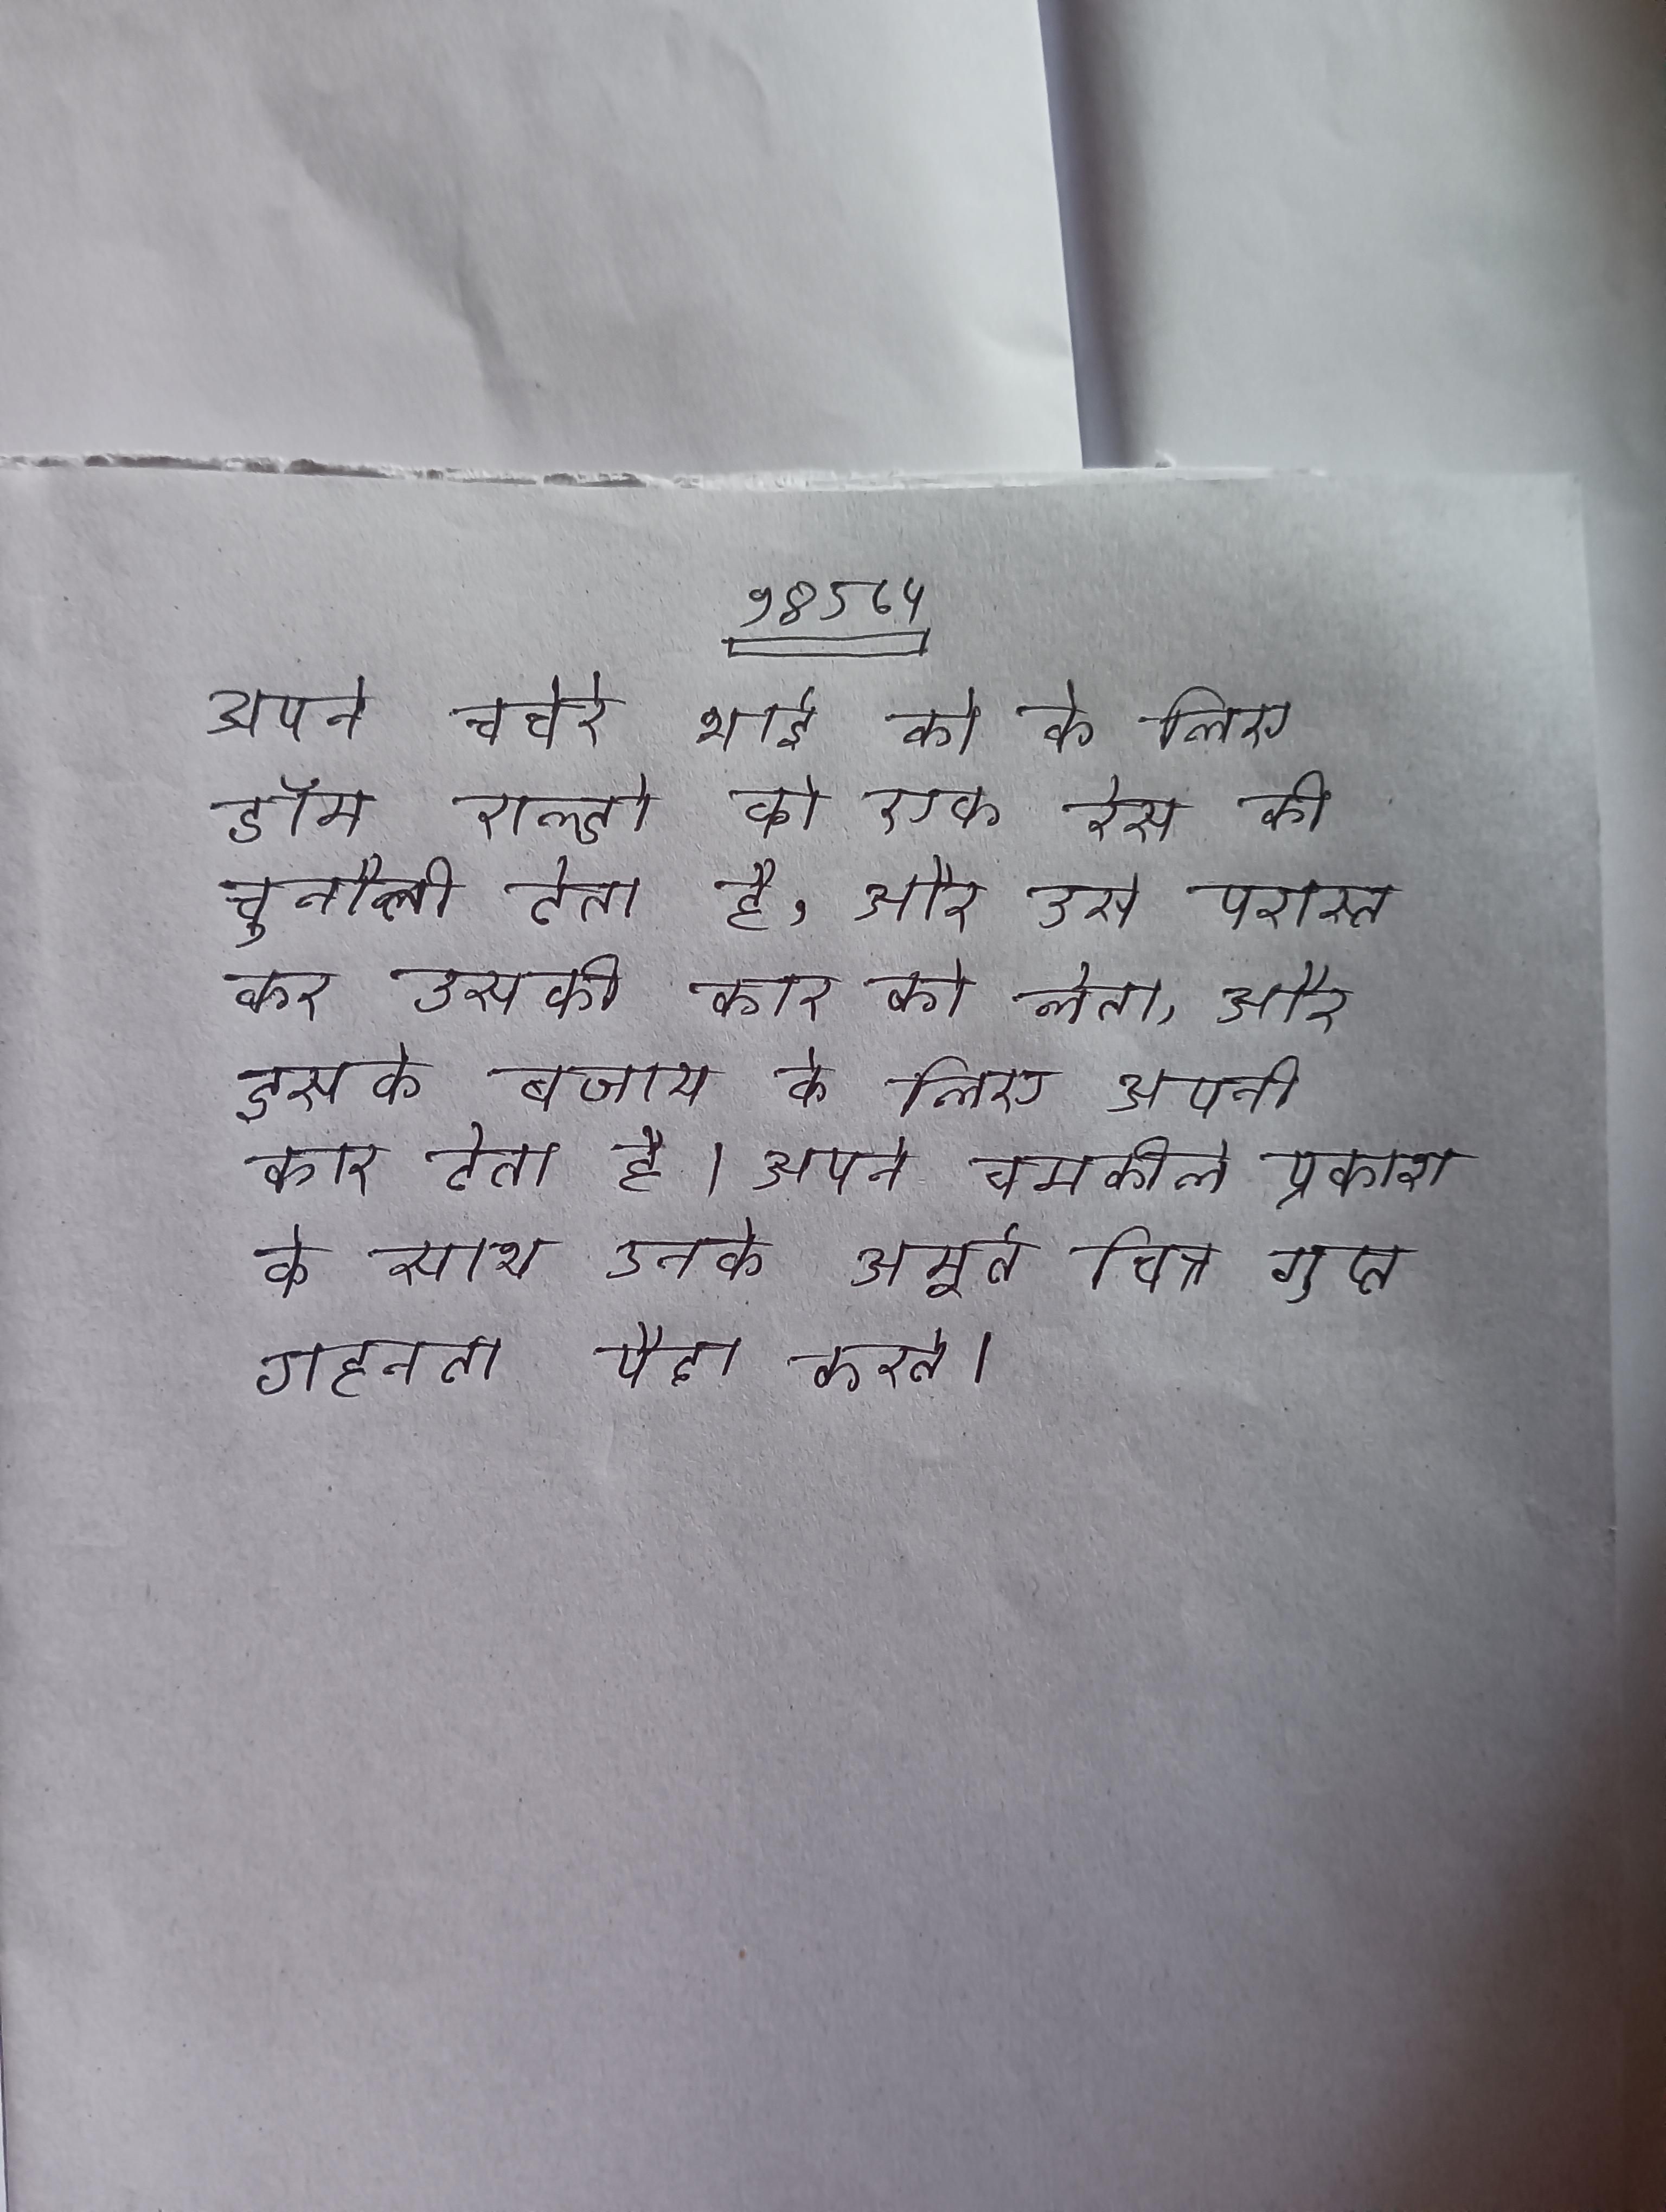
अपने चचेरे भाई को के लिए डॉम राल्डो को एक रेस की चुनौती देता है, और उसे परास्त कर उसकी कार को लेता, और इसके बजाय के लिए अपनी कार देता है । अपने चमकीले प्रकाश के साथ उनके अमूर्त चित्र गुप्त गहनता पैदा करते ।